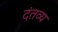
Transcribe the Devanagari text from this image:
दंतव्य